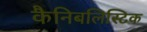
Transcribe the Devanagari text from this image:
कैनिबलिस्टिक